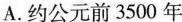
A.约公元前3500年